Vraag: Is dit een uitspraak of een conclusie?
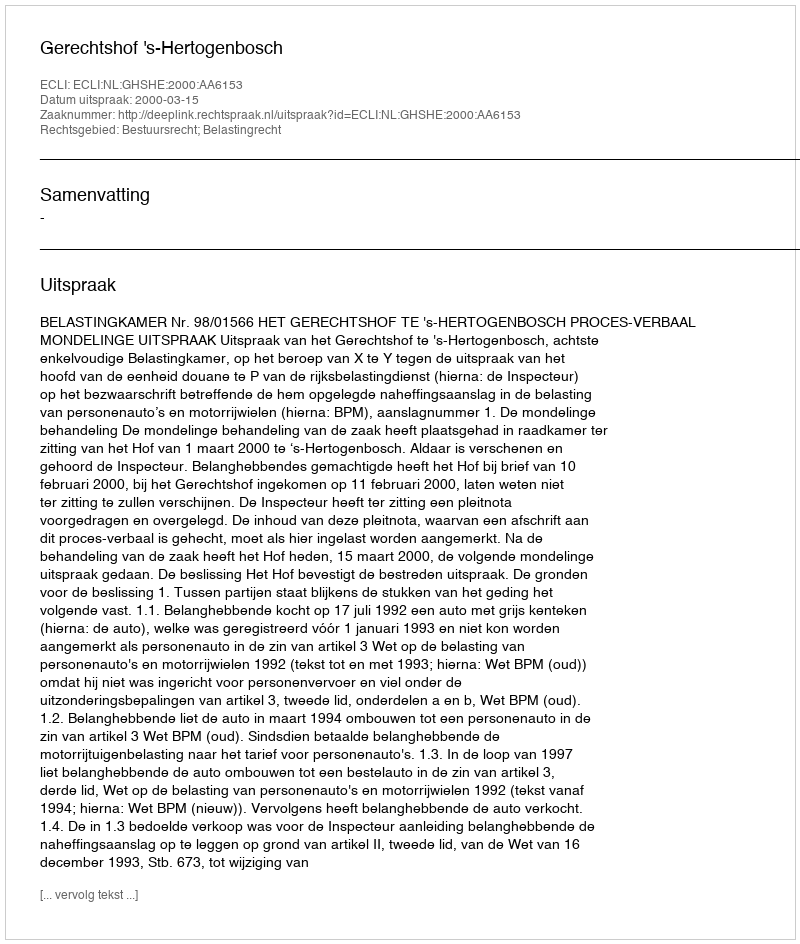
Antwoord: Uitspraak